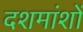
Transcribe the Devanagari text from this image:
दशमांशों